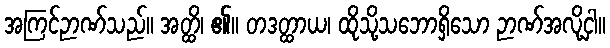
အကြင်ဉာဏ်သည်။ အတ္ထိ၊ ၏။ တဒတ္ထာယ၊ ထိုသို့သဘောရှိသော ဉာဏ်အလို့ငှါ။